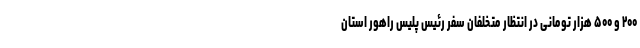
۲۰۰ و ۵۰۰ هزار تومانی در انتظار متخلفان سفر رئیس پلیس راهور استان